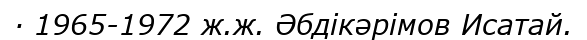
· 1965-1972 ж.ж. Әбдікәрімов Исатай.